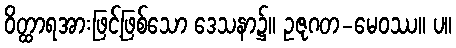
ဝိတ္ထာရအားဖြင့်ဖြစ်သော ဒေသနာ၌။ ဥဇုဂတ-မေဝဿ။ ပ။